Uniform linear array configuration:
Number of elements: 24
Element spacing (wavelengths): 0.25
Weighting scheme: cosine
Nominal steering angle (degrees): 60
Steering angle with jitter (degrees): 60.069
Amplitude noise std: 0.05
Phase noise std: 0.05

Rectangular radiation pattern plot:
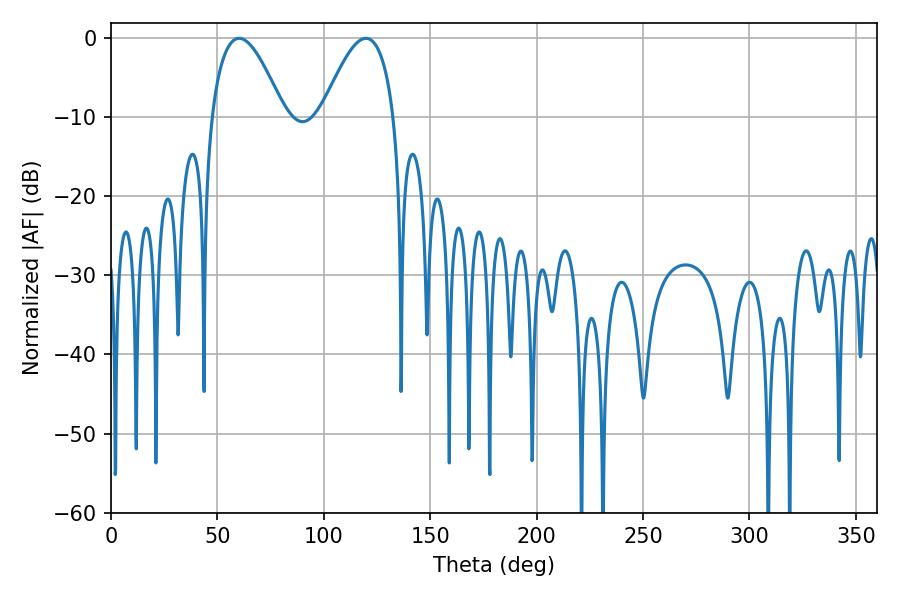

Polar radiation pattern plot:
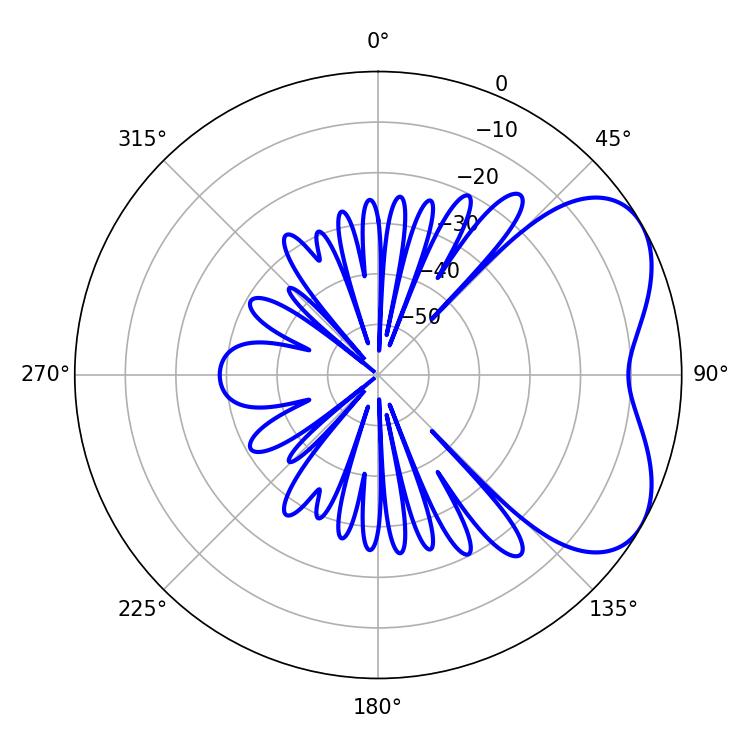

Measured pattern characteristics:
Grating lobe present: FALSE
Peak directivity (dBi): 4.971
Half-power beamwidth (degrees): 18.54
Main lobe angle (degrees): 60.12